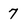
Character: 7